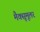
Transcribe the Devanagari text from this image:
मैक्सूमूलर